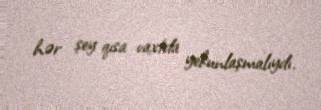
hər şey qısa vaxtda yekunlaşmalıydı.